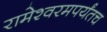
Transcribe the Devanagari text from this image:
रामेश्वरमपर्यंतच